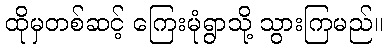
ထိုမှတစ်ဆင့် ကြေးမုံရွာသို့ သွားကြမည်။